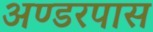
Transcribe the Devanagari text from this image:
अण्डरपास